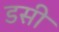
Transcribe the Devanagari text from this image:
डसी